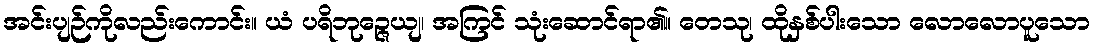
အင်းပျဉ်ကိုလည်းကောင်း။ ယံ ပရိဘုဉ္ဇေယျ၊ အကြင် သုံးဆောင်ရာ၏။ တေသု၊ ထိုနှစ်ပါးသော လောလောပူသော